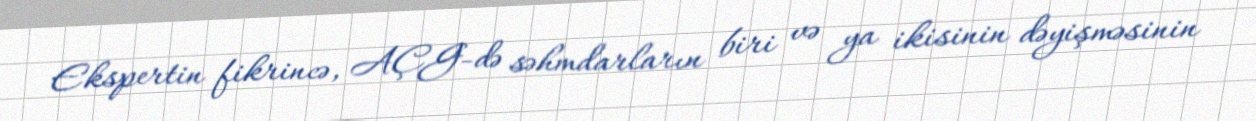
Ekspertin fikrincə, AÇG-də səhmdarların biri və ya ikisinin dəyişməsinin